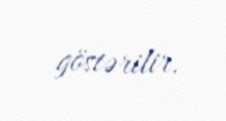
göstərilir.